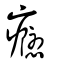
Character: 癮